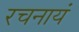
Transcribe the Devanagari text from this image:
रचनायं